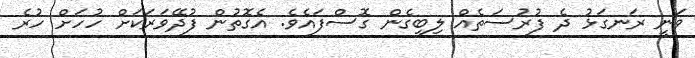
ވަނީ ރަނގަޅު ދެ ފުރުސަތެއް ލިބިގެން ގޮސްފައެވެ. އެގޮތުން ފުދޭވަރަކަށް ހުހަށް ހުރެ